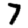
Digit: 7